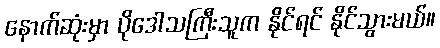
နောက်ဆုံးမှာ ပိုဒေါသကြီးသူက နိုင်ရင် နိုင်သွားမယ်။